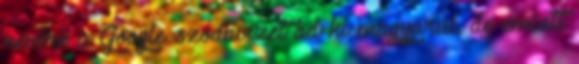
nevére a Google szódavizet ad ki magyarul, de emiatt